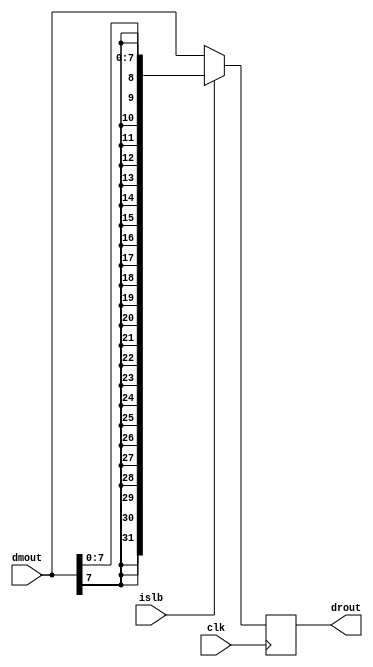
module dr(clk, dmout, drout, islb);
  input clk;
  input islb;
  input [31:0] dmout;
  output reg [31:0] drout;
  always@(posedge clk)
  begin
    if(islb == 1)
      begin
        drout <= {{24{dmout[7]}},dmout[7:0]};
      end
    else
      begin
        drout <= dmout;
      end
  end
endmodule